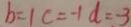
b = 1 c = - 1 d = - 3